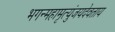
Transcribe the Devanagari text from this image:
भगन्महामृत्युंजयदेवताय